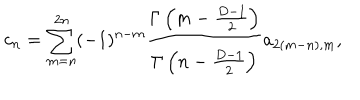
LaTeX: c _ { n } = \sum _ { m = n } ^ { 2 n } ( - 1 ) ^ { n - m } { \frac { \Gamma \left( m - { \frac { D - 1 } { 2 } } \right) } { \Gamma \left( n - { \frac { D - 1 } { 2 } } \right) } } a _ { 2 ( m - n ) , m } ,